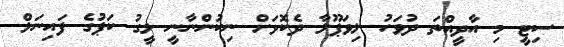
ސިޓީ މި އާދީއްތަ ދުވަހު ލިވަޕޫލާ ދެކޮޅަށް ނިކުންނާނީ ލީގު ކަޕުގެ ފައިނަލް